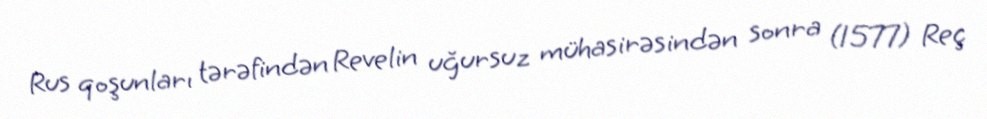
Rus qoşunları tərəfindən Revelin uğursuz mühasirəsindən sonra (1577) Reç